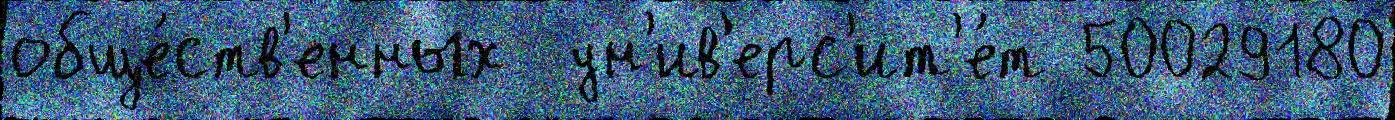
обще́ств'енных  ун'ив'ерс'ит'е́т 50029180